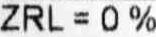
ZRL = 0%